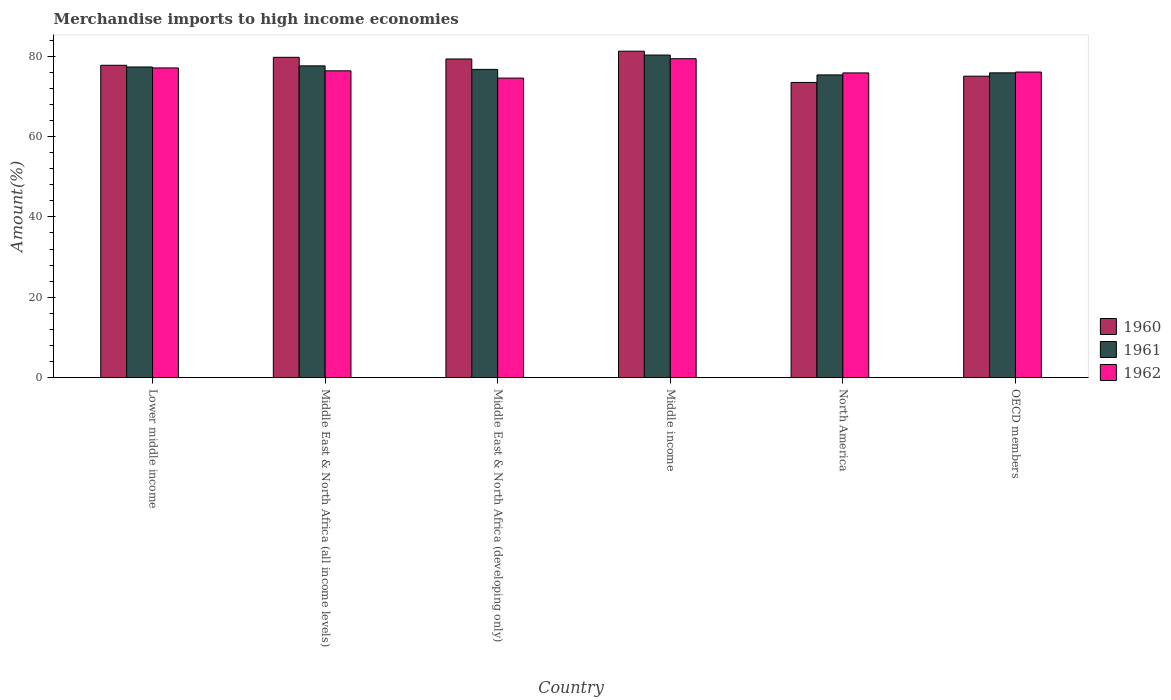
| Country | 1960 | 1961 | 1962 |
 | --- | --- | --- | --- |
 | Lower middle income | 77.7 | 77.3 | 77.1 |
 | Middle East & North Africa (all income levels) | 79.7 | 77.6 | 76.3 |
 | Middle East & North Africa (developing only) | 79.3 | 76.7 | 74.5 |
 | Middle income | 81.2 | 80.3 | 79.4 |
 | North America | 73.5 | 75.3 | 75.8 |
 | OECD members | 75 | 75.8 | 76 |